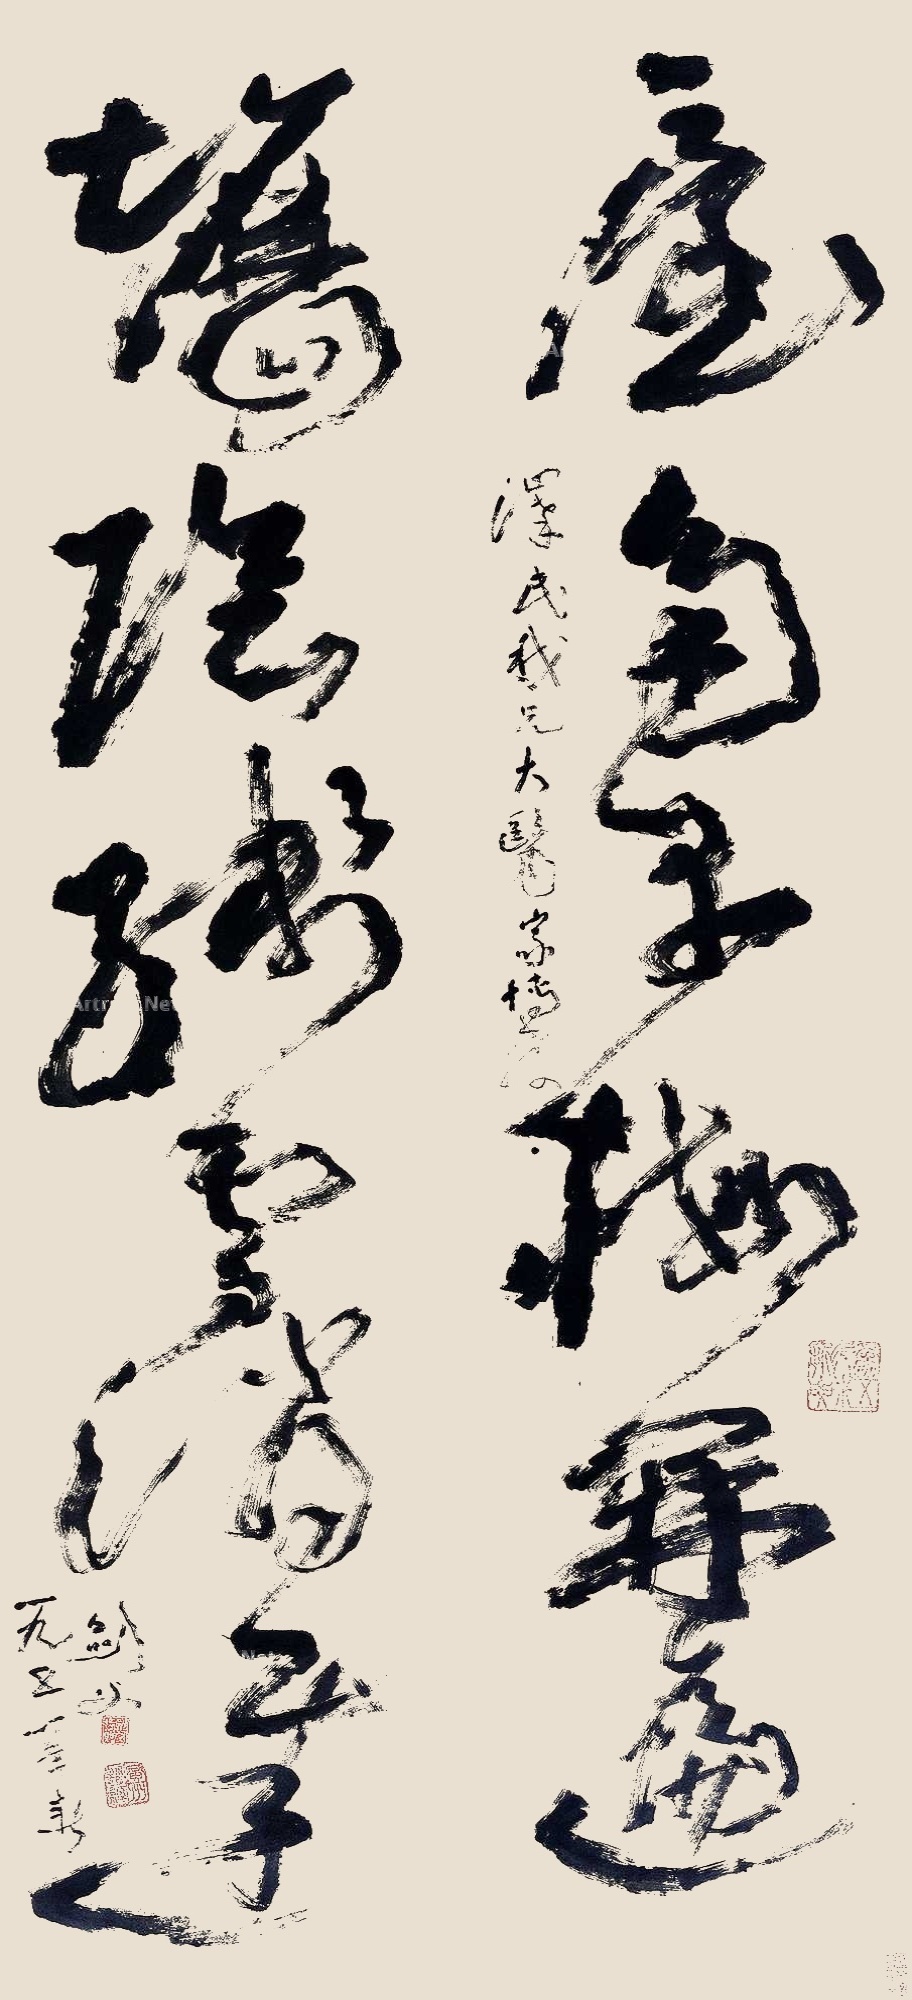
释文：屋角早梅开遍，墙头残雪消迟。泽民我兄大医家博教。剑父。一九五一年春。